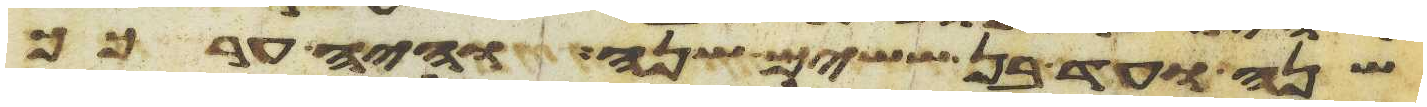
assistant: שנה ועד בן ששים שנה והיה ערכך